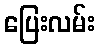
ပြေးလမ်း